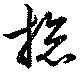
憁